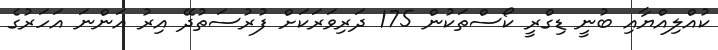
ކުއްލިއްޔާއި ބުނީ ޑިގްރީ ކޯސްތަކުން 175 ދަރިވަރަކަށް ފުރުސަތުދޭ އިރު އަންނަ އަހަރުގެ